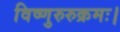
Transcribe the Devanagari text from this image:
विष्णुरुरुक्रमः।